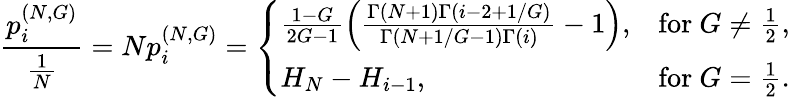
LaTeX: \frac{p_{i}^{(N,G)}}{\frac{1}{N}}=Np_{i}^{(N,G)}=\left\{ \begin{array}{ll}{\frac{1-G}{2G-1}\left(\frac{\Gamma(N+1)\Gamma(i-2+1/G)}{\Gamma(N+1/G-1)\Gamma(i)}-1\right),}&{\mathrm{for~}G\neq\frac{1}{2},}\\ {H_{N}-H_{i-1},}&{\mathrm{for~}G=\frac{1}{2}.}\end{array}\right.